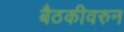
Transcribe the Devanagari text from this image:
बैठकीवरुन